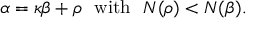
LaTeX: \alpha = \kappa \beta + \rho \ \ { \mathrm { w i t h } } \ \ N ( \rho ) < N ( \beta ) .